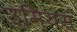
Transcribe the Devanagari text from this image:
उमियम